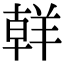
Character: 𮊪